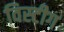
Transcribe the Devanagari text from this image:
विस्टीग